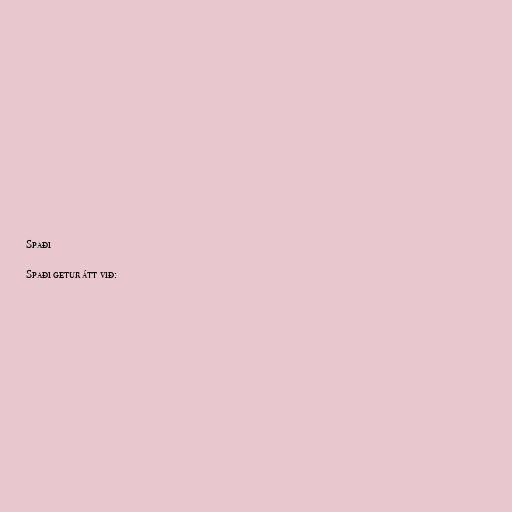
Spaði

Spaði getur átt við: